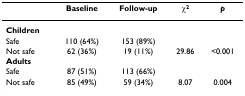
<table><thead><tr><td></td><td><b>Baseline</b></td><td><b>Follow-up</b></td><td><b>χ<sup>2</sup></b></td><td><b><i>p</i></b></td></tr></thead><tbody><tr><td><b>Children</b></td><td></td><td></td><td></td><td></td></tr><tr><td>Safe</td><td>110 (64%)</td><td>153 (89%)</td><td></td><td></td></tr><tr><td>Not safe</td><td>62 (36%)</td><td>19 (11%)</td><td>29.86</td><td>&lt;0.001</td></tr><tr><td><b>Adults</b></td><td></td><td></td><td></td><td></td></tr><tr><td>Safe</td><td>87 (51%)</td><td>113 (66%)</td><td></td><td></td></tr><tr><td>Not safe</td><td>85 (49%)</td><td>59 (34%)</td><td>8.07</td><td>0.004</td></tr></tbody></table>